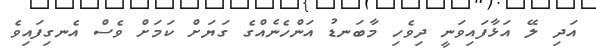
އަދި ލޭ އަޅާފައިވަނީ ދިވެހި މާބަނޑު އަންހެނެއްގެ ގަޔަށް ކަމަށް ވެސް އެނގިފައިވެ